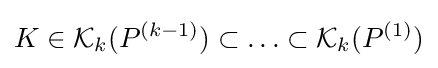
K\in {\mathcal {K}}_{k}(P^{(k-1)})\subset \ldots \subset {\mathcal {K}}_{k}(P^{(1)})